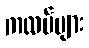
ကလပ်များ